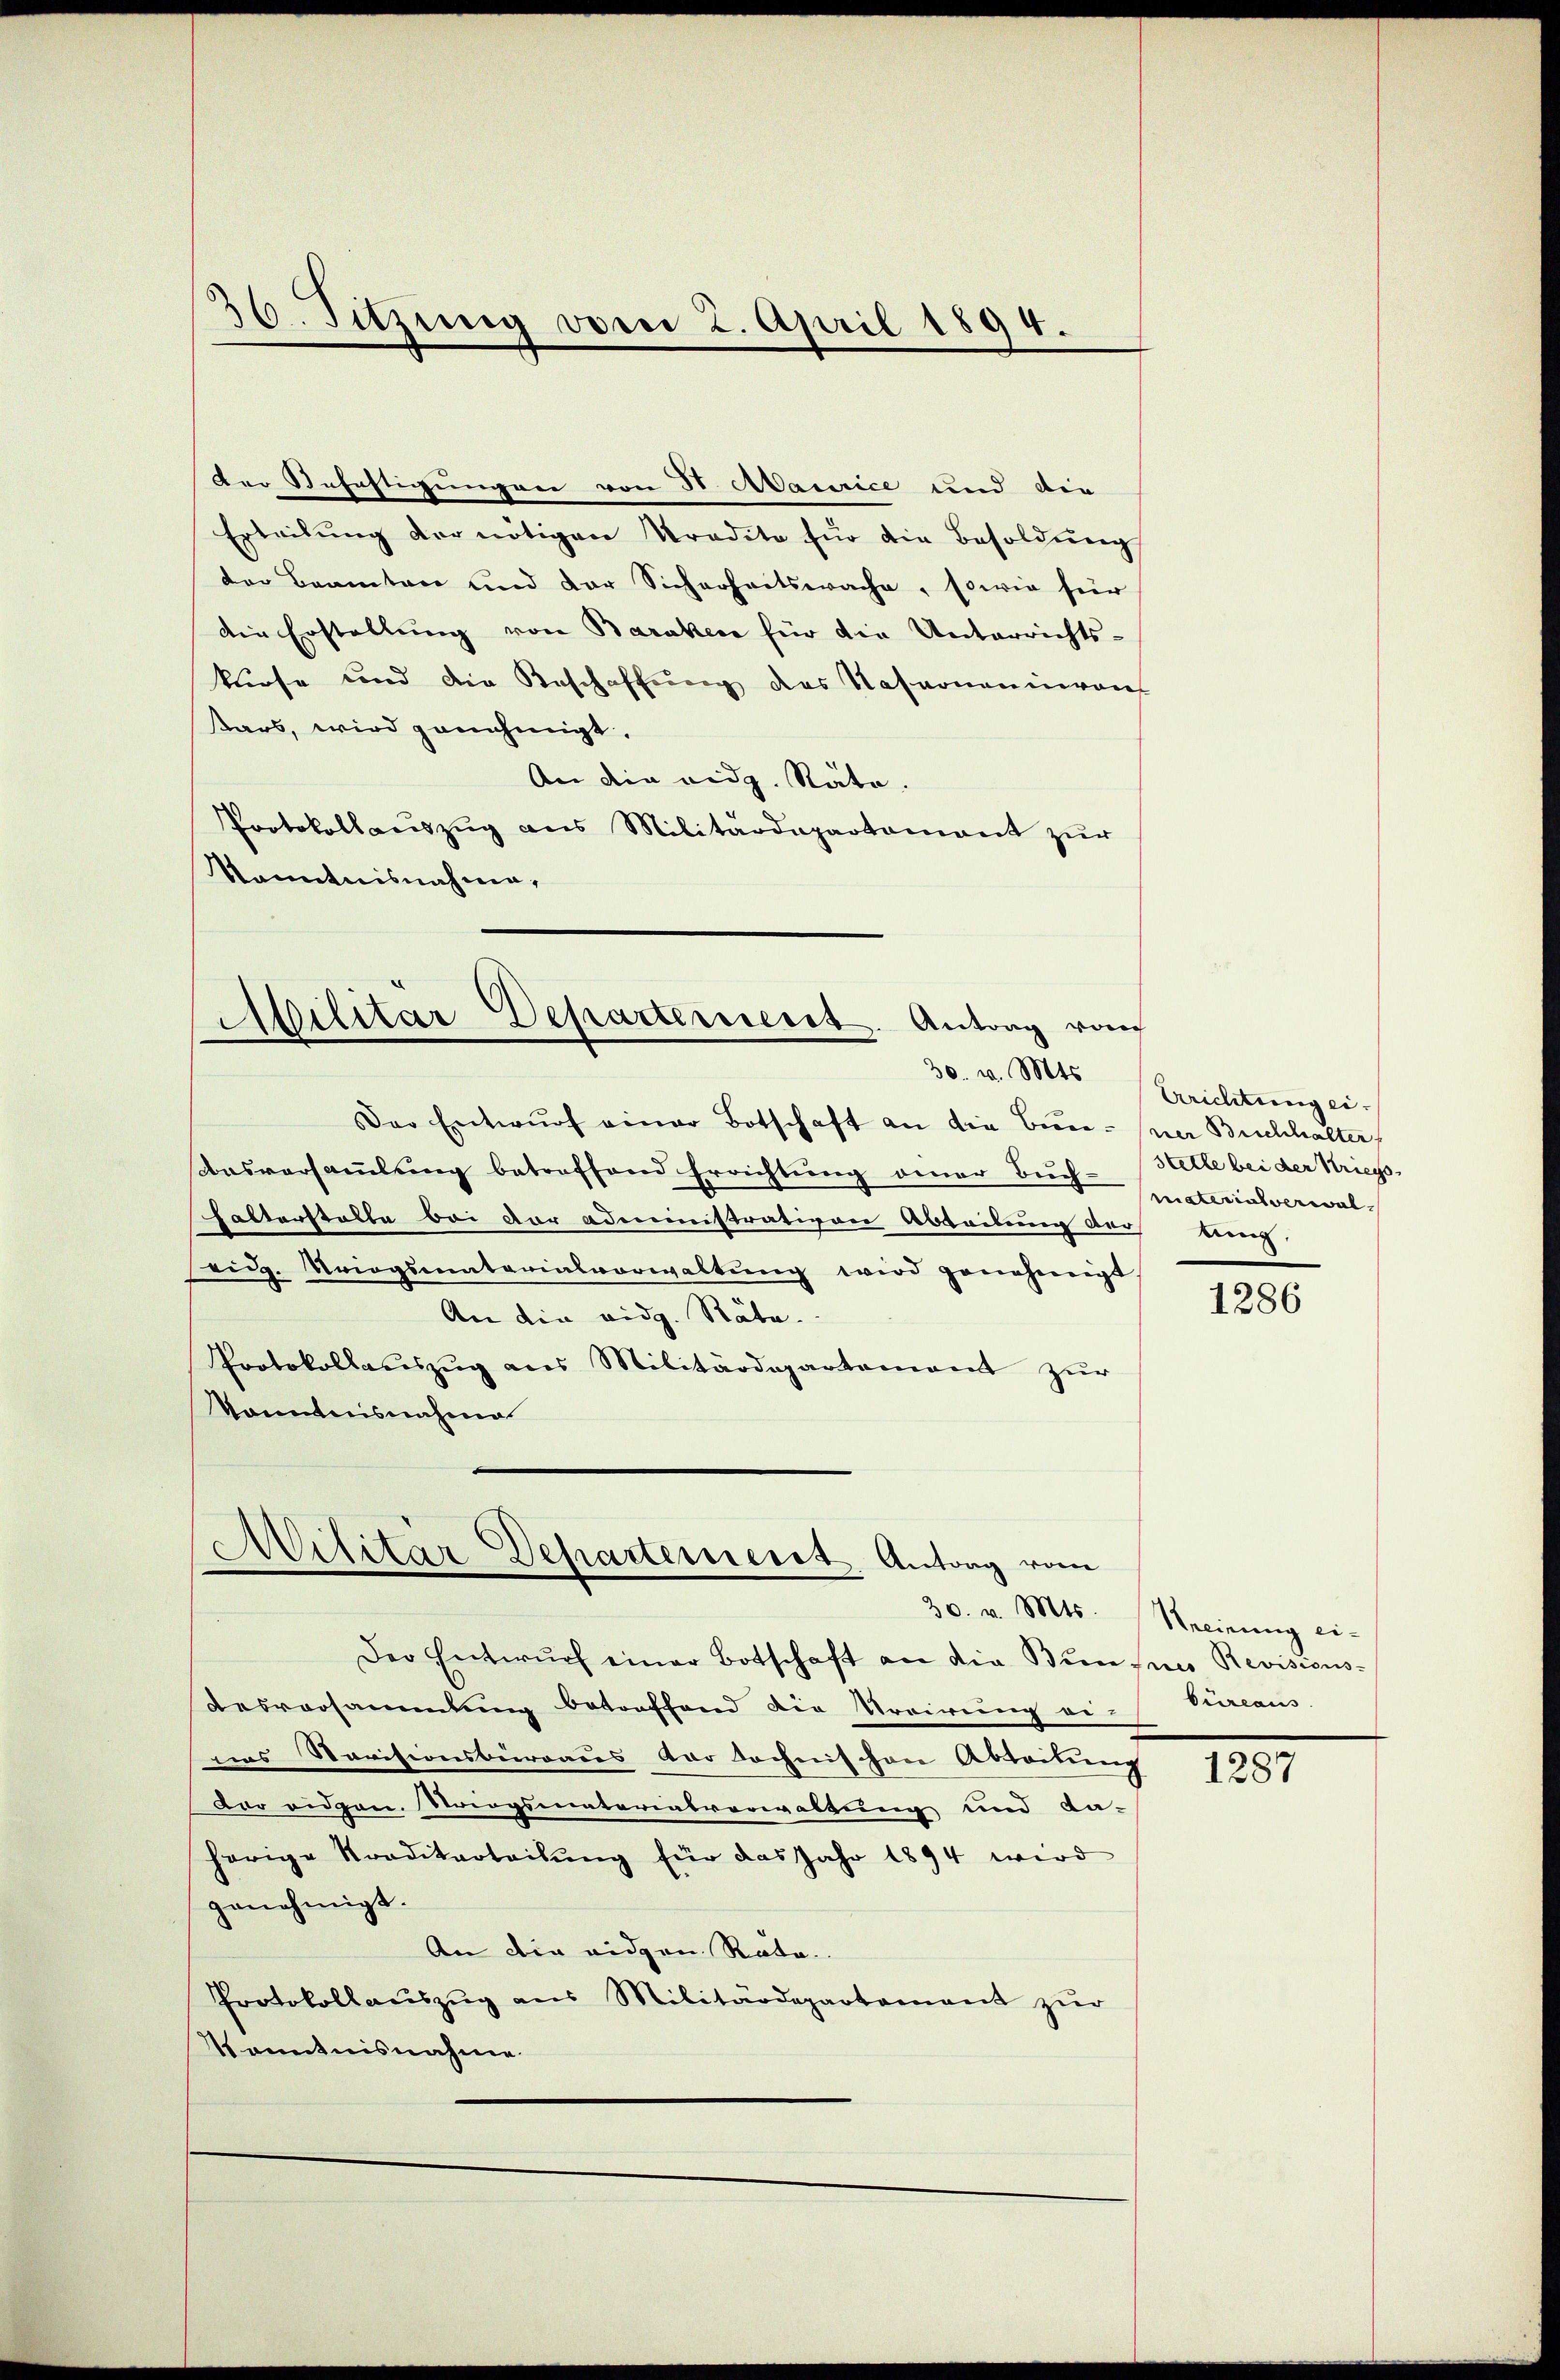
der Befestigungen von 3. Maurice und die
Erteilŭng der nötigen Tradita für die Besoldŭng
der Beamten und der Sicherheitswache, sowie hier
die Erstellung von Baraken für die Unterrichts-
kurse und die Geschaffung des Nasanonin von
kars, wird genehmigt.
An die eidg. Stäte.
Protokollaŭszŭg ans Militärdepartamant zŭr
Kenntnisnahme,
Militär Departement. Antrag von

36. Sitzung vom 2. April 1894.

Der Entwŭrf einer Botschaft an die Bereiner Buchhalter
Ausversammlung betreffend Errichtung einer Buch-Stelle bei der Kriegs-
Chalterstatte bei vor administrativen Abteilung der
seid. Kriegsmaterialverwaltŭng wird genehmigt
An die eidg. Räte.
Protokollauszug aus Militärdepartement zŭr
Konntnisnahme

Militär Departement. Antrag vom
30. v. Mts.
Der Entwŭrf einer Botschaft an die Binne Revisions-

Desvorsammlung betorffend die Troirung einen
nas Revisionsbüreaus dar tochnischen Abteilung
Dar eidgen. Striegsmaterialverwaltung und da-
herige Traditarteilŭng für das Jahr 1894 wird
genehmigt.
An die eidgen. Rota.
Protokollaŭszŭg ans Militärdepartement zŭr
Kenntnisnahme

30. v. Mts. Errichtung eimaterialverwallung.

1286

Meinung ei¬

1287